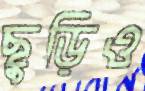
ছুড়িও